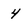
Character: 4